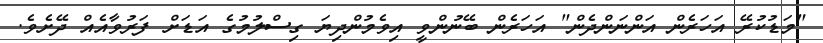
"މަޑުކުރޭ އަހަރެން އަންނަންދެން" އަހަރެން ބޭނުންވީ އިވެމުންދިޔަ ގިސްލުމުގެ އަޑަށް ފަރުވާއެއް ދޭށެވެ.